Rangoon Lunatic Asylum 1893-1897 - 1893-1897
Year: 1893
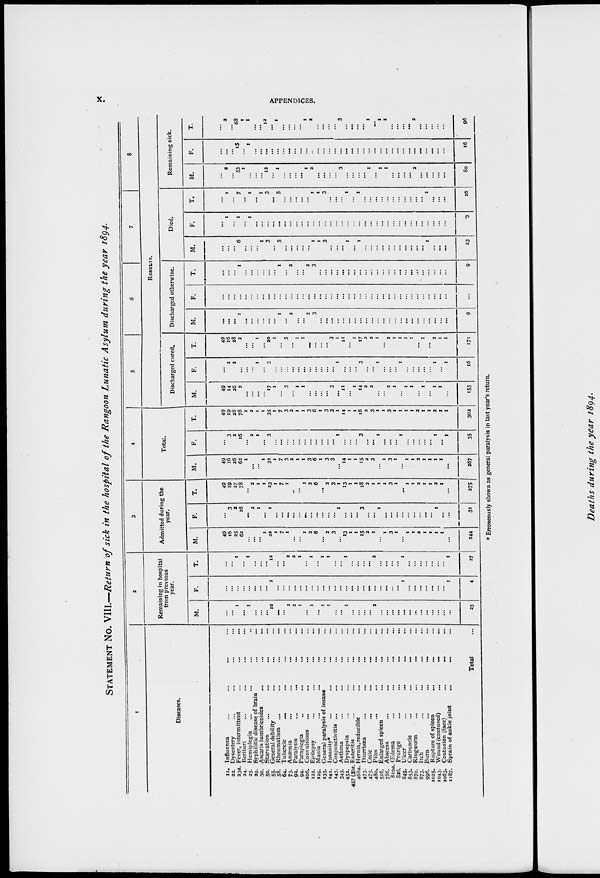
X.
APPENDICES.
STATEMENT No. VIII.—Return of sick in the hospital of the Rangoon Lunatic Asylum during the year 1894.
I
Diseases.
11. Influenza
...
...
... ...
22. Dysentery ... ... ... ...
23a. Fever, intermittent ... ... ...
24. Beriberi ... ... ... ...
25. Hemiplegia ... ... ... ...
29. Syphilitic disease of brain ... ...
30. Ascaris lumbricoides
... ... ...
50. Starvation ... ... ... ...
55. General debility ... ... ...
58. Rheumatism ...
...
...
...
64. Tubercle
... ... ... ...
73. Anæmia ... ... ... ...
92. Paralysis
...
... ... ...
94. Paraplegia ... ... ... ...
106. Convulsions
...
... ... ...
122. Epilepsy ... ... ... ...
129. Mania ... ... ... ...
133. General paralysis of insane ... ...
141. Insanity*
...
...
...
...
147. Conjunctivitis ... ... ... ...
345. Asthma ... ... ... ...
452. Dyspepsia
...
...
...
...
457 (3)a. Enteritis ... ... ... ...
468a. Hernia, reducible ... ... ...
473. Diarrhœa ... ... ... ...
475. Colic ... ... ... ...
480. Piles ... ... ... ...
516. Enlarged spleen ... ... ...
786. Abscess ... ... ... ...
810a. Œdema ... ... ... ...
826. Prurigo
...
...
...
...
849. Ulcer ... ... ... ...
853. Carbuncle
...
...
...
870. Ringworm
...
...
...
...
873. Itch ... ... ... ...
998. Burn ... ... ... ...
1025. Rupture of spleen ... ... ...
1043. Wound (contused)
...
...
...
1063. Contusion (face)
...
...
...
1187. Sprain of ankle joint
...
...
...
Total ...
2
Remaining in hospital
from previous
year.
M.
...
...
1
...
1
...
...
...
10
...
...
2
2
1
...
1
...
1
1
...
...
1
...
...
...
...
2
...
...
...
...
...
...
...
...
...
...
...
...
...
23
F.
...
...
...
...
...
...
...
...
2
...
...
...
...
...
...
...
...
...
...
...
...
...
...
...
...
...
...
...
...
...
...
1
...
...
...
...
...
...
...
1
4
T.
...
...
1
...
1
...
...
...
12
...
...
2
2
1
...
1
...
1
1
...
...
1
...
...
...
...
2
...
...
...
...
1
...
...
...
...
...
...
...
1
27
3
Admitted during the
year.
M.
49
16
25
62
...
...
...
1
22
1
7
1
...
...
1
2
6
...
2
3
...
13
1
1
15
2
1
...
1
3
1
...
1
1
2
1
1
1
1
...
244
F.
...
3
2
16
...
2
1
...
1
...
...
...
...
...
...
...
...
...
...
...
1
...
...
...
3
...
...
1
...
...
...
...
...
...
...
...
...
1
...
...
31
T.
49
19
27
78
...
2
1
1
23
1
7
1
...
...
1
2
6
...
2
3
1
13
1
1
58
2
1
1
1
3
1
...
1
1
2
1
1
2
1
...
275
4
Total.
M.
49
16
26
62
1
...
...
1
32
1
7
3
2
1
1
3
6
1
3
3
...
14
1
1
15
2
3
...
1
3
1
...
1
1
2
1
1
1
1
...
267
F.
...
3
2
16
...
2
1
...
3
...
...
...
...
...
...
...
...
...
...
...
1
...
...
...
3
...
...
1
...
...
...
1
...
...
...
...
...
1
...
1
35
T.
49
19
28
78
1
2
1
1
35
1
7
3
2
1
1
3
6
1
3
3
1
14
1
1
18
2
3
1
1
3
1
1
1
1
2
1
1
2
1
1
302
5
Discharged cured.
M.
49
14
26
2
...
...
...
...
17
1
...
3
...
1
1
...
...
...
...
3
...
11
...
1
14
2
2
...
...
2
1
...
...
...
...
...
...
...
...
...
155
F.
...
2
2
...
...
...
1
...
3
...
...
...
...
...
...
...
...
...
...
...
1
...
...
...
3
...
...
1
...
...
...
1
...
...
...
...
...
1
...
1
16
T.
49
16
28
2
...
...
1
...
20
1
...
3
...
1
1
...
...
...
...
3
1
11
...
1
17
2
2
1
...
2
1
1
1
1
...
1
...
2
1
1
171
6
7
8
RESULTS.
Discharged otherwise.
M.
...
...
...
1
...
...
...
...
...
...
1
...
2
...
...
2
3
...
...
...
...
...
...
...
...
...
...
...
...
...
...
...
...
...
...
...
...
...
...
...
9
F.
...
...
...
...
...
...
...
...
...
...
...
...
...
...
...
...
...
...
...
...
...
...
...
...
...
...
...
...
...
...
...
...
...
...
...
...
...
...
...
...
...
T.
...
...
...
1
...
...
...
...
...
...
1
...
2
...
...
2
3
...
...
...
...
...
...
...
...
...
...
...
...
...
...
...
...
...
...
...
...
...
...
...
9
Died.
M.
...
...
...
6
...
...
...
1
3
...
5
...
...
...
...
...
1
1
3
...
...
...
1
...
1
...
...
...
...
...
...
...
...
...
...
...
1
...
...
...
23
F.
...
1
...
1
...
1
...
...
...
...
...
...
...
...
...
...
...
...
...
...
...
...
...
...
...
...
...
...
...
...
...
...
...
...
...
...
...
...
...
...
3
T.
...
1
...
7
...
1
...
1
3
...
5
...
...
...
...
...
1
1
3
...
...
...
1
...
1
...
...
...
...
...
...
...
...
...
...
...
1
...
...
...
26
Remaining sick.
M.
...
2
...
53
1
...
...
...
12
...
1
...
...
...
...
1
2
...
...
...
...
3
...
...
...
...
1
...
1
1
...
...
...
...
2
...
...
...
...
...
80
F.
...
...
...
15
...
1
...
...
...
...
...
...
...
...
...
...
...
...
...
...
...
...
...
...
...
...
...
...
...
...
...
...
...
...
...
...
...
...
...
...
16
T.
...
2
...
68
1
1
...
...
12
...
1
...
...
...
...
1
2
...
...
...
...
3
...
...
...
...
1
...
1
1
...
...
...
...
2
...
...
...
...
...
96
* Erroneously shown as general paralysis in last year's return.